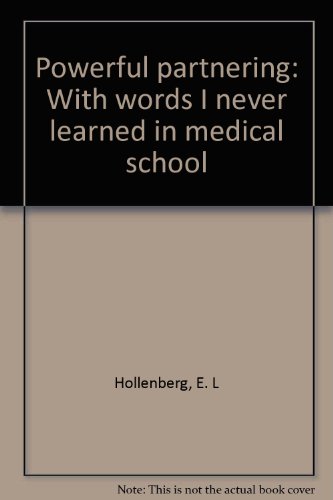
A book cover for Powerful partnering: With words I never learned in medical school; E. L Hollenberg; Education & Teaching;